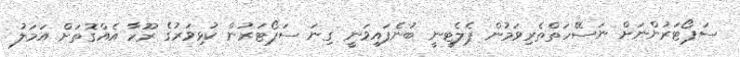
ސަޕޯޓަރުންނަށް ނަސޭހަތްތެރިވަމުން ޕެލެޓީނީ ބުނެފައިވަނީ ގިނަ ސަޕޯޓަރުން ކުޅިވަރުގެ ރޫހާ އެއްގޮތަށް އަމަލު